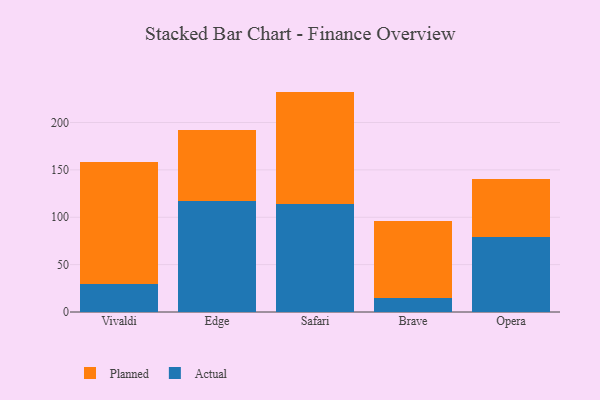
{"axis": {"x": "Browser", "y": "Page Views"}, "legend": ["Actual", "Planned"], "data": [{"x": "Vivaldi", "y": 30.0, "type": "Actual"}, {"x": "Vivaldi", "y": 128.4, "type": "Planned"}, {"x": "Edge", "y": 117.3, "type": "Actual"}, {"x": "Edge", "y": 75.2, "type": "Planned"}, {"x": "Safari", "y": 113.8, "type": "Actual"}, {"x": "Safari", "y": 118.8, "type": "Planned"}, {"x": "Brave", "y": 14.3, "type": "Actual"}, {"x": "Brave", "y": 82.1, "type": "Planned"}, {"x": "Opera", "y": 79.3, "type": "Actual"}, {"x": "Opera", "y": 61.3, "type": "Planned"}]}